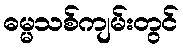
ဓမ္မသစ်ကျမ်းတွင်